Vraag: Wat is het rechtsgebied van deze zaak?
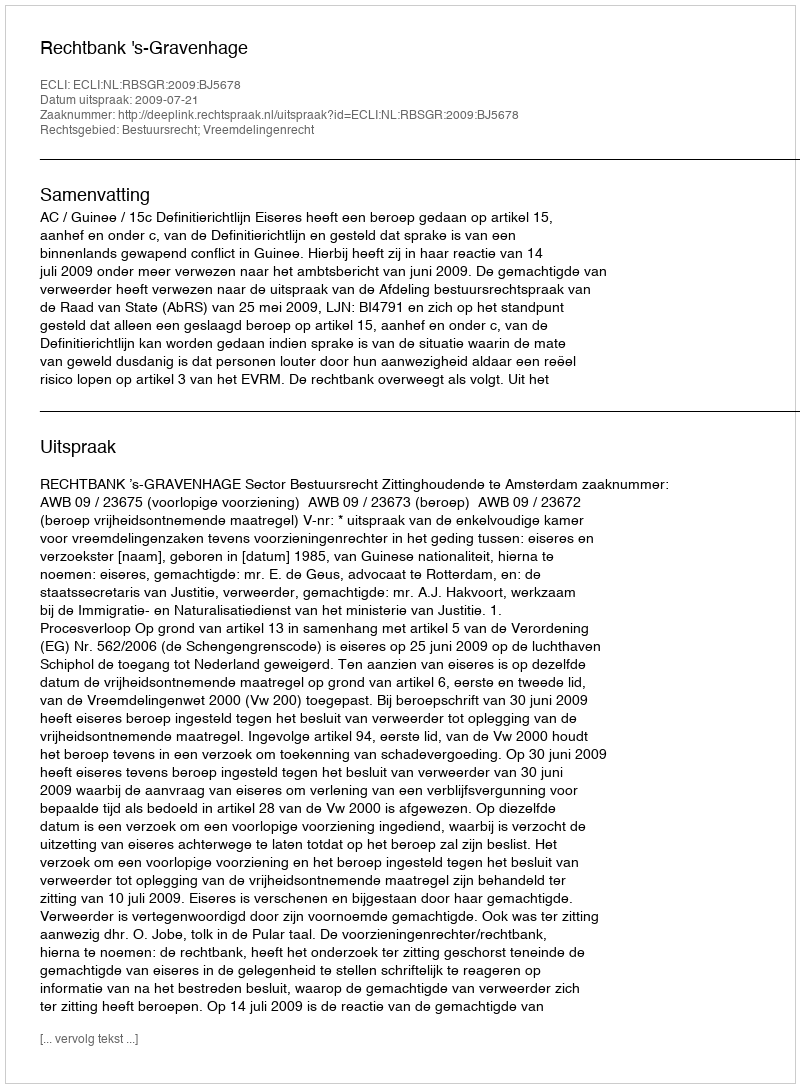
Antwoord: Bestuursrecht; Vreemdelingenrecht